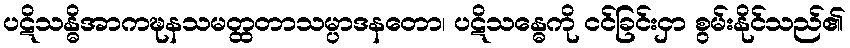
ပဋိသန္ဓိအာကဍ္ဎနသမတ္ထတာသမ္ပာဒနတော၊ ပဋိသန္ဓေကို ငင်ခြင်းငှာ စွမ်းနိုင်သည်၏